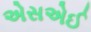
એસએઈ